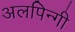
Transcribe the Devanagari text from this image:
अलपिन्गी